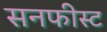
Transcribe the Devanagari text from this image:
सनफीस्ट